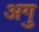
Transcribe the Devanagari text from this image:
अगु